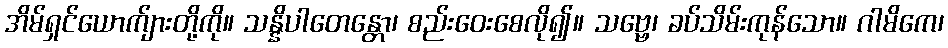
အိမ်ရှင်ယောက်ျားတို့ကို။ သန္နိပါတေန္တော၊ စည်းဝေးစေလို၍။ သဗ္ဗေ၊ ခပ်သိမ်းကုန်သော။ ဂါမိကေ၊